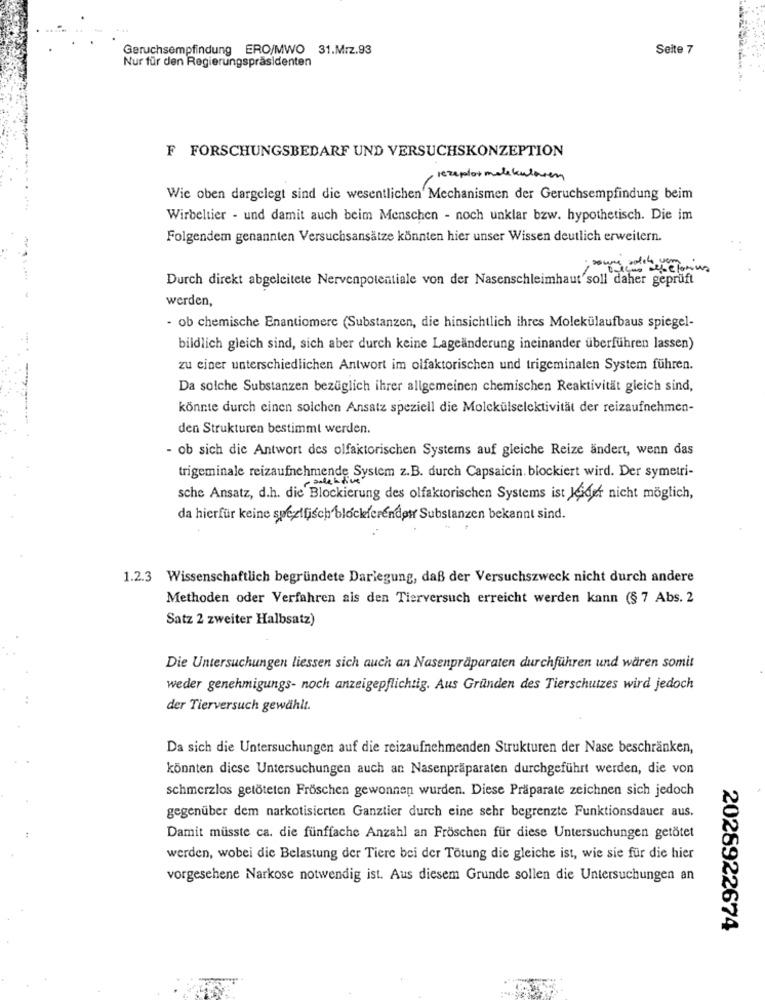
Geruchsempfindung ERO/MWO 31.Mrz.93
Seite 7
Nur für den Regierungspräsidenten
F FORSCHUNGSBEDARF UND VERSUCHSKONZEPTION
, rezeptor molekularen
Wie oben dargelegt sind die wesentlichen Mechanismen der Geruchsempfindung beim
Wirbeltier - und damit auch beim Menschen - noch unklar bzw. hypothetisch. Die im
Folgendem genannten Versuchsansätze könnten hier unser Wissen deutlich erweitern.
Durch direkt abgeleitete Nervenpotentiale von der Nasenschleimhaut soll daher geprüft
--
werden,
- ob chemische Enantiomerc (Substanzen, die hinsichtlich ihres Molekülaufbaus spiegel-
bildlich gleich sind, sich aber durch keine Lageänderung ineinander überführen lassen)
zu einer unterschiedlichen Antwort im olfaktorischen und trigeminalen System führen.
Da solche Substanzen bezüglich ihrer allgemeinen chemischen Reaktivität gleich sind,
könnte durch einen solchen Ansatz speziell die Molekülselektivität der reizaufnehmen-
den Strukturen bestimmt werden.
- ob sich die Antwort des olfaktorischen Systems auf gleiche Reize ändert, wenn das
trigeminale reizaufnehmende System z.B. durch Capsaicin. blockiert wird. Der symetri-
sche Ansatz, d.h. die Blockierung des olfaktorischen Systems ist Jeder nicht möglich,
da hierfür keine spezifisch blockeferendet Substanzen bekannt sind.
1.2.3 Wissenschaftlich begründete Darlegung, daß der Versuchszweck nicht durch andere
Methoden oder Verfahren ais den Tierversuch erreicht werden kann (§ 7 Abs. 2
Satz 2 zweiter Halbsatz)
Die Untersuchungen liessen sich auch an Nasenpräparaten durchführen und wären somit
weder genehmigungs- noch anzeigepflichtig. Aus Gründen des Tierschutzes wird jedoch
der Tierversuch gewählt.
Da sich die Untersuchungen auf die reizaufnehmenden Strukturen der Nase beschränken,
könnten diese Untersuchungen auch an Nasenpräparaten durchgeführt werden, die von
schmerzlos getöteten Fröschen gewonnen wurden. Diese Präparate zeichnen sich jedoch
gegenüber dem narkotisierten Ganztier durch eine sehr begrenzte Funktionsdauer aus.
Damit müsste ca. die fünffache Anzahl an Fröschen für diese Untersuchungen getötet
werden, wobei die Belastung der Tiere bei der Tötung die gleiche ist, wie sie für die hier
vorgesehene Narkose notwendig ist. Aus diesem Grunde sollen die Untersuchungen an
2028922674